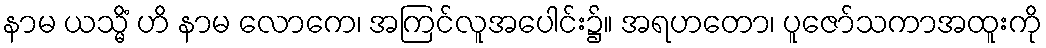
နာမ ယသ္မိံ ဟိ နာမ လောကေ၊ အကြင်လူအပေါင်း၌။ အရဟတော၊ ပူဇော်သကာအထူးကို